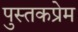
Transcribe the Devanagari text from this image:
पुस्तकप्रेम